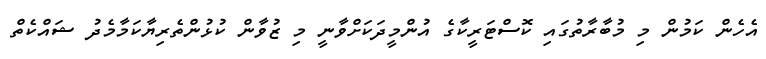
އެހެން ކަމުން މި މުބާރާތުގައި ކޮސްޓަރީކާގެ އުންމީދަކަށްވާނީ މި ޒުވާން ކުޅުންތެރިޔާކަމާމެދު ޝައްކެތް